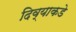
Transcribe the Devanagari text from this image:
दिव्याकडे